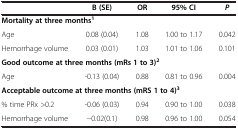
<table><thead><tr><td><b> </b></td><td><b>B (SE)</b></td><td><b>OR</b></td><td><b>95% CI</b></td><td><b><i>P</i></b></td></tr></thead><tbody><tr><td colspan="5"><b>Mortality at three months</b><sup><b>1</b></sup></td></tr><tr><td>Age</td><td>0.08 (0.04)</td><td>1.08</td><td>1.00 to 1.17</td><td>0.042</td></tr><tr><td>Hemorrhage volume</td><td>0.03 (0.01)</td><td>1.03</td><td>1.01 to 1.06</td><td>0.101</td></tr><tr><td colspan="5"><b>Good outcome at three months (mRs 1 to 3)</b><sup><b>2</b></sup></td></tr><tr><td>Age</td><td>-0.13 (0.04)</td><td>0.88</td><td>0.81 to 0.96</td><td>0.004</td></tr><tr><td colspan="5"><b>Acceptable outcome at three months (mRS 1 to 4)</b><sup><b>3</b></sup></td></tr><tr><td>% time PRx &gt;0.2</td><td>-0.06 (0.03)</td><td>0.94</td><td>0.90 to 1.00</td><td>0.038</td></tr><tr><td>Hemorrhage volume</td><td>−0.02(0.1)</td><td>0.98</td><td>0.96 to 1.00</td><td>0.054</td></tr></tbody></table>